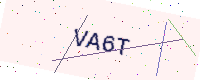
Text: VA6T